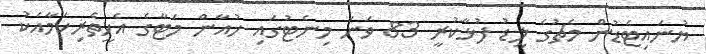
ޔުނައިޓެޑުން މެޗުގެ ލީޑު ފުޅާކުރީ 83 ވަނަ މިނެޓުގައި ހުއާން މަޓާގެ އެހީތެރިކަމާއެކު